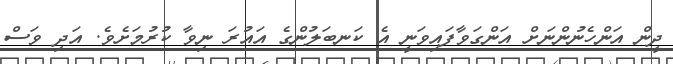
ދީން އަންހެނުންނަށް އަންގަވާފައިވަނީ އެ ކަނބަލުންގެ އައުރަ ނިވާ ކުރުމަށެވެ. އަދި ވަސް